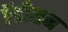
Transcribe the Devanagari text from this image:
ऍडीशन